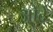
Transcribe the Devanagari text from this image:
ओदे